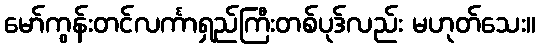
မော်ကွန်းတင်လင်္ကာရှည်ကြီးတစ်ပုဒ်လည်း မဟုတ်သေး။